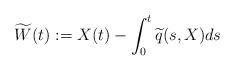
LaTeX: \begin{align*}\widetilde{W}(t) := X(t) - \int_0^t\widetilde{q}(s,X)ds\end{align*}